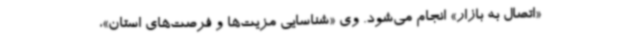
«اتصال به بازار» انجام می‌شود. وی «شناسایی مزیت‌ها و فرصت‌های استان»،